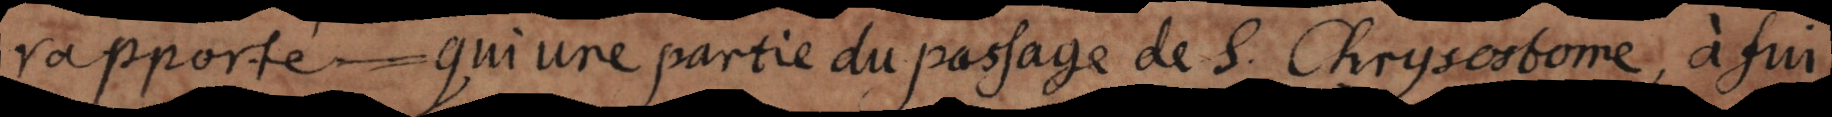
rapporté qu’une partie du passage de S. Chrysostome, à fi